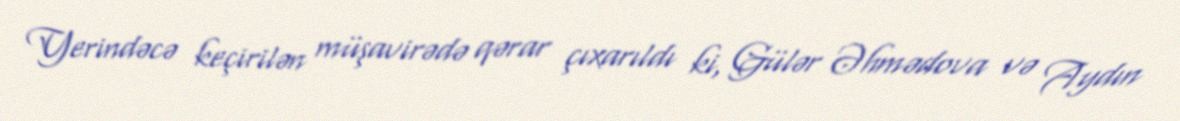
Yerindəcə keçirilən müşavirədə qərar çıxarıldı ki, Gülər Əhmədova və Aydın